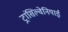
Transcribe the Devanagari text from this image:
ट्रांसिल्वेनियाई